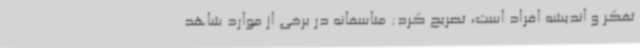
تفکر و اندیشه افراد است، تصریح کرد: متاسفانه در برخی از موارد شاهد